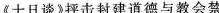
《十日谈》抨击封建道德与教会禁